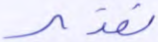
تقدير